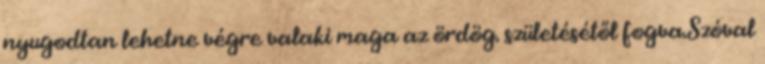
nyugodtan lehetne végre valaki maga az ördög. születésétől fogva.Szóval